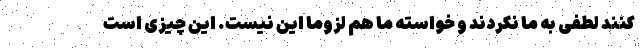
کنند لطفی به ما نکردند و خواسته ما هم لزوما این نیست. این چیزی است